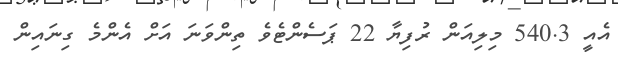
އެއީ 540.3 މިލިއަން ރުފިޔާ 22 ޕަސެންޓެވެ ތިންވަނަ އަށް އެންމެ ގިނައިން